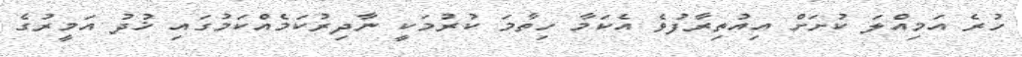
ހުރެ އަމިއްލަ ކުށަށް އިއުތިރާފުވެ އެކަމާ ހިތާމަ ކުރުމަކީ ނާދިރުކަމެއްކަމުގައި ޚުދު އަމީރުގެ